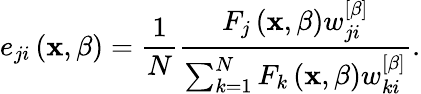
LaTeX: e_{ji}\left(\mathbf{x},\beta\right)=\frac{1}{N}\frac{F_{j}\left(\mathbf{x},\beta\right)w_{ji}^{\left[\beta\right]}}{\sum_{k=1}^{N}F_{k}\left(\mathbf{x},\beta\right)w_{ki}^{\left[\beta\right]}}.